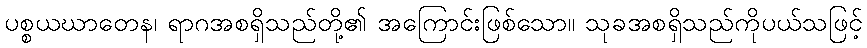
ပစ္စယဃာတေန၊ ရာဂအစရှိသည်တို့၏ အကြောင်းဖြစ်သော။ သုခအစရှိသည်ကိုပယ်သဖြင့်